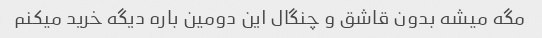
مگه میشه بدون قاشق و چنگال این دومین باره دیگه خرید میکنم